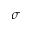
\sigma